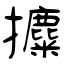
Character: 攗